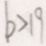
b > 1 9